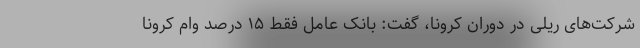
شرکت‌های ریلی در دوران کرونا، گفت: بانک عامل فقط ۱۵ درصد وام کرونا